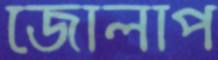
জোলাপ